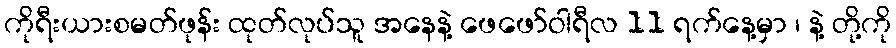
ကိုရီးယားစမတ်ဖုန်း ထုတ်လုပ်သူ အနေနဲ့ ဖေဖော်ဝါရီလ 11 ရက်နေ့မှာ ၊ နဲ့ တို့ကို